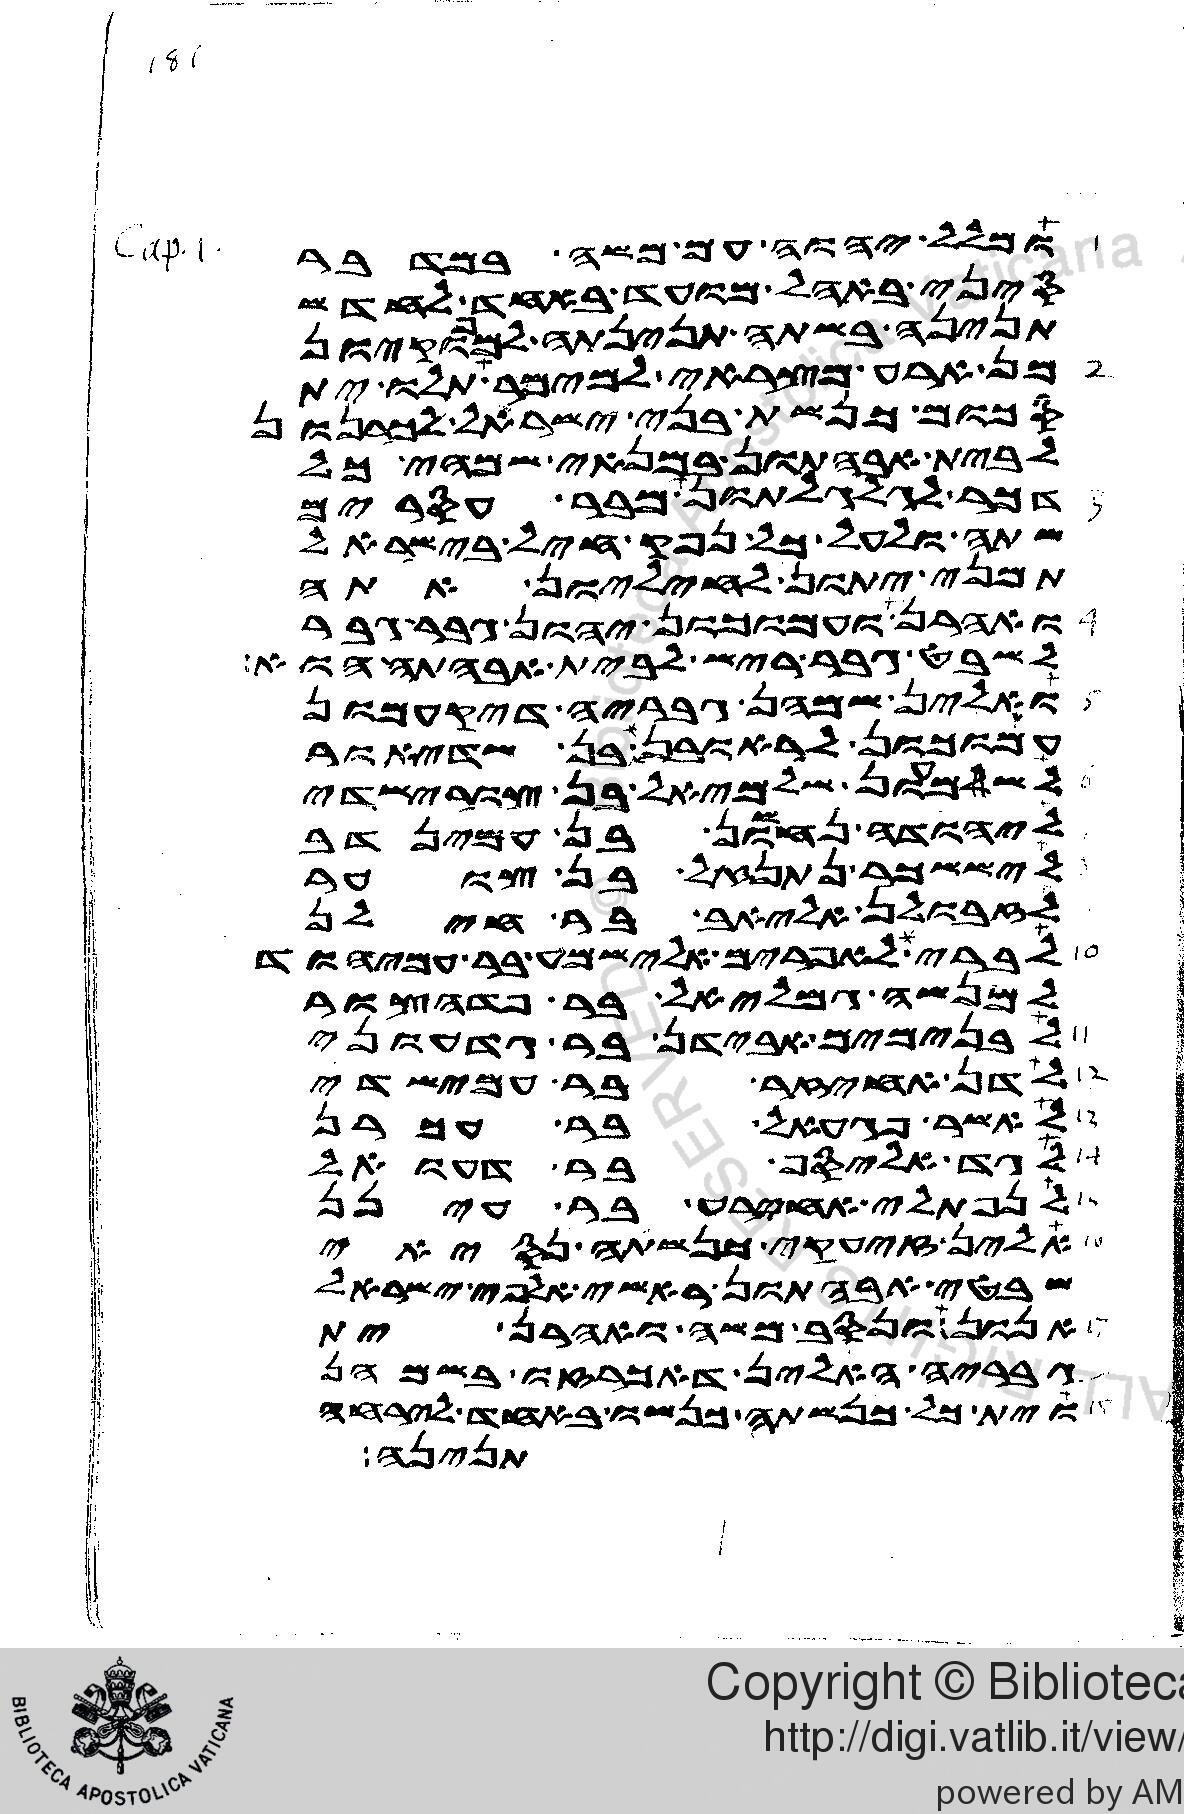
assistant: ומלל יהוה עם משה במדבר
סיני באהל מועד באחד לחדש
תנינה בשתה תנינתה למפוקיון
מן ארע מצראי למימר תלו ית
סכום כנשת בני ישראל לכרנהון
לבית אבהתון במנאי שמהי כל
דכר לגלגלתון מבר עסרים
שתה ולעל כל נפק חיל בישראל
תמני יתון לחיליון אתה
ואהרן ועמוכון יהון גבר גבר
לשבט גבר ריש לבית אבהתה הוא
ואלין שמהן גבריה דיקעמון
עמוכון לראובן אליצור בן שדיאור
לשמעון שלמיאל בן צורישדי
ליהודה נחשון בן עמינדב
ליששכר נתנאל בן צוער
לזבולן אליאב בר חילן
לבני אפרים אלישמע בר עמיהוד
למנשה גמליאל בר פדהצור
לבנימים אבידן בר גדעוני
לדן אחיזר בר עמישדי
לאשר פגעאל בר עכרן
גד אליסף בר דעואל
לנפתלי אחירע בר עינן
אלין זיעקי כנשתה נסיאי
שבטי אבהתון ראשי אלפי ישראל
אנון ונסב משה ואהרן ית
גבריה האלין דאכרזו בשמהן
וית כל כנשתה כנשו באחד לירחה
תנינה